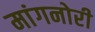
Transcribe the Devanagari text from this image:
मांगनोरी